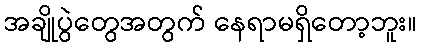
အချိုပွဲတွေအတွက် နေရာမရှိတော့ဘူး။